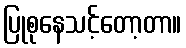
ပြုစုနေသင့်တော့တာ။